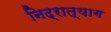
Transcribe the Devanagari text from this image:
निद्रात्याग